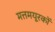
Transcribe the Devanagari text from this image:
मत्तमयूरकों